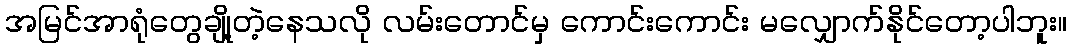
အမြင်အာရုံတွေချို့တဲ့နေသလို လမ်းတောင်မှ ကောင်းကောင်း မလျှောက်နိုင်တော့ပါဘူး။